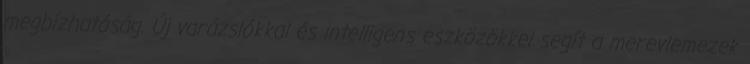
megbízhatóság. Új varázslókkal és intelligens eszközökkel segít a merevlemezek